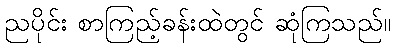
ညပိုင်း စာကြည့်ခန်းထဲတွင် ဆုံကြသည်။